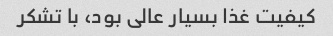
کیفیت غذا بسیار عالی بود، با تشکر